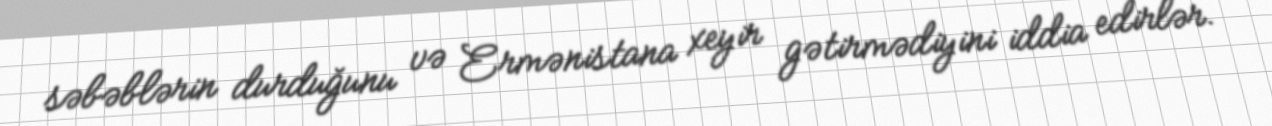
səbəblərin durduğunu və Ermənistana xeyir gətirmədiyini iddia edirlər.